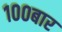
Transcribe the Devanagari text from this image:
१००बार